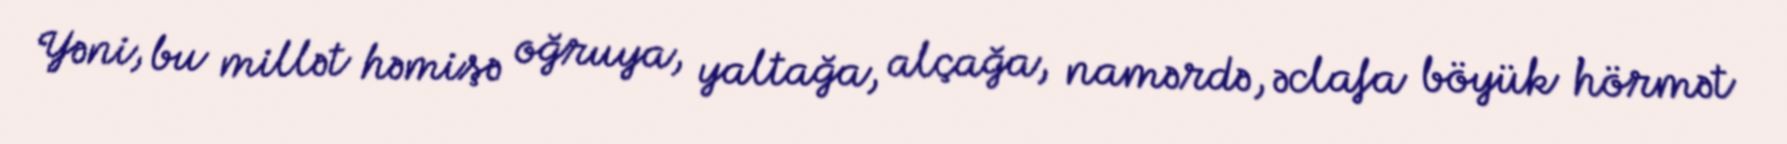
Yəni, bu millət həmişə oğruya, yaltağa, alçağa, namərdə, əclafa böyük hörmət